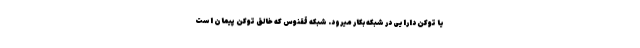
یا توکن دارایی در شبکه بکار میرود. شبکه ققنوس که خالق توکن پیمان است